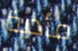
مأدبة